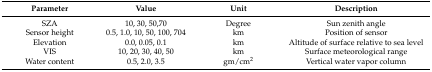
| Parameter | Value | Unit | Description |
 | --- | --- | --- | --- |
 | SZA | 10, 30, 50,70 | Degree | Sun zenith angle |
 | Sensor height | 0.5, 1.0, 10, 50, 100, 704 | km | Position of sensor |
 | Elevation | 0.0, 0.05, 0.1 | km | Altitude of surface relative to sea level |
 | VIS | 10, 20, 30, 40, 50 | km | Surface meteorological range |
 | Water content | 0.5, 2.0, 3.5 | gm/cm2 | Vertical water vapor column |